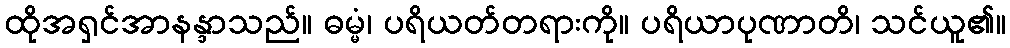
ထိုအရှင်အာနန္ဒာသည်။ ဓမ္မံ၊ ပရိယတ်တရားကို။ ပရိယာပုဏာတိ၊ သင်ယူ၏။